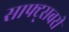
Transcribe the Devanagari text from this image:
साफ्ट्सबरी